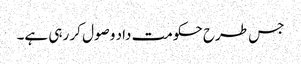
جس طرح حکومت داد وصول کر رہی ہے۔